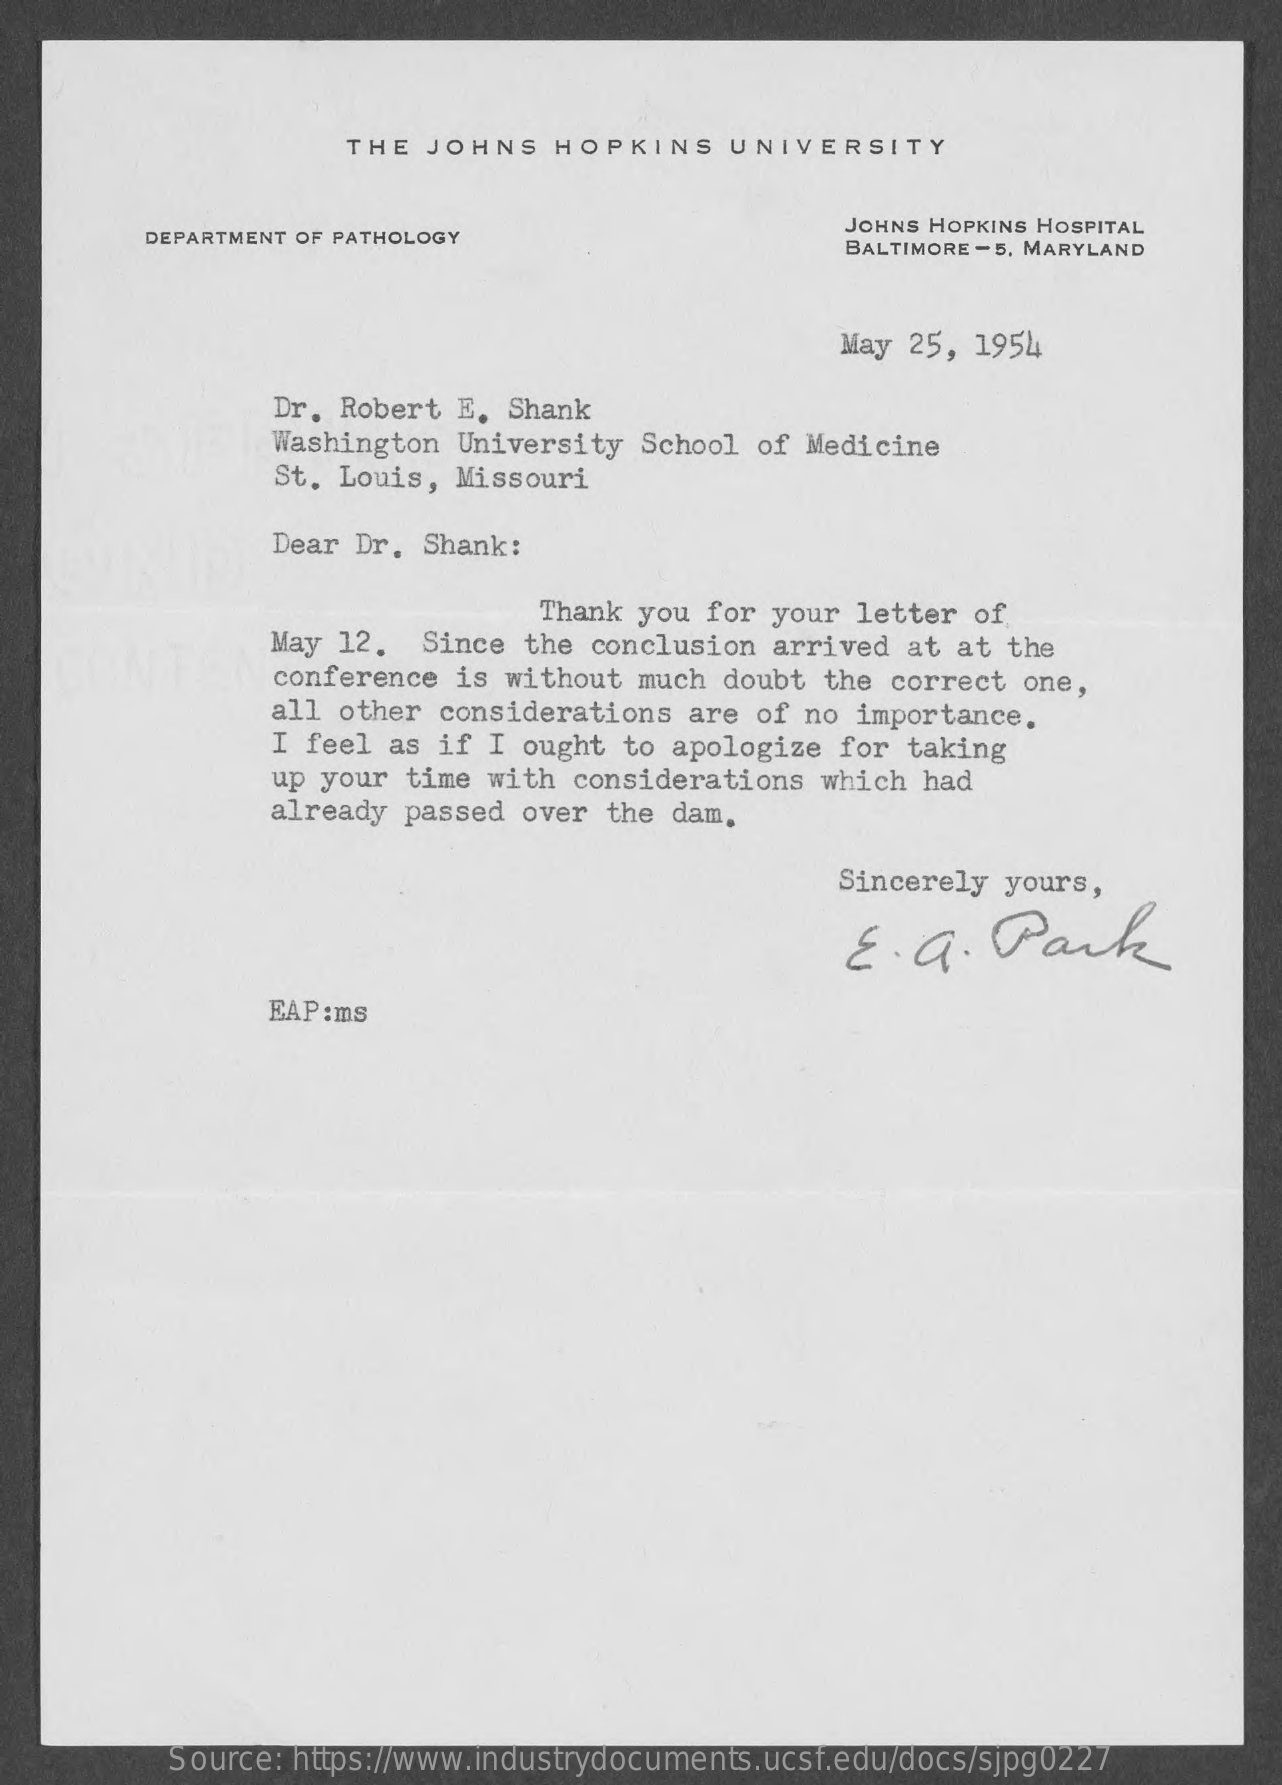
THE  JOHNS   HOPKINS    UNIVERSITY
     DEPARTMENT OF PATHOLOGY
     JOHNS HOPKINS HOSPITAL
     BALTIMORE - 5, MARYLAND
     May 25, 1954
     Dr. Robert E.  Shank
     Washington  University School of Medicine
     St. Louis, Missouri
     Dear Dr.  Shank:
     Thank you for your  letter of
     May 12.   Since the conclusion arrived  at at the
     conference is without much doubt  the correct one,
     all other considerations  are of no  importance.
     I feel as  if I ought to apologize  for taking
     up your  time with considerations which  had
     already passed  over the dam,
     Sincerely yours,
     E.  a.   Park
     EAP :ms
     Source: https://www.industrydocuments.ucsf.edu/docs/sjpg0227